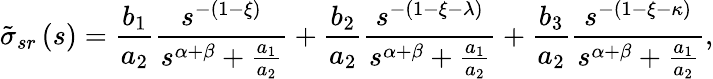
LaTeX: \tilde{\sigma}_{sr}\left(s\right)=\frac{b_{1}}{a_{2}}\frac{s^{-\left(1-\xi\right)}}{s^{\alpha+\beta}+\frac{a_{1}}{a_{2}}}+\frac{b_{2}}{a_{2}}\frac{s^{-\left(1-\xi-\lambda\right)}}{s^{\alpha+\beta}+\frac{a_{1}}{a_{2}}}+\frac{b_{3}}{a_{2}}\frac{s^{-\left(1-\xi-\kappa\right)}}{s^{\alpha+\beta}+\frac{a_{1}}{a_{2}}},